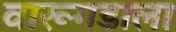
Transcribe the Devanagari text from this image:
वारूगडाला